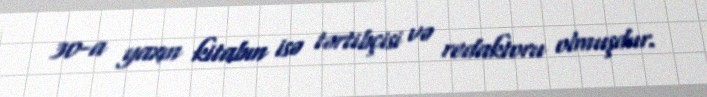
30-a yaxın kitabın isə tərtibçisi və redaktoru olmuşdur.